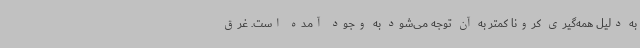
به دلیل همه‌گیری کرونا کمتر به آن توجه می‌شود به وجود آمده است. غرق